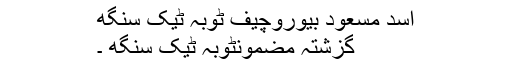
اسد مسعود بیوروچیف ٹوبہ ٹیک سنگھ
گزشتہ مضمونٹوبہ ٹیک سنگھ ۔